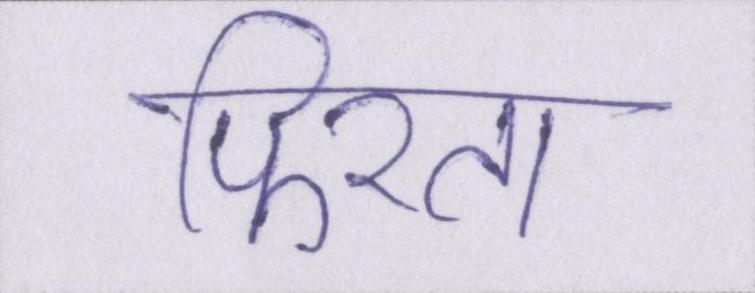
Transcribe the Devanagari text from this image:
फिरता